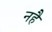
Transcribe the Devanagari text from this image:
नहै